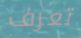
تعرف